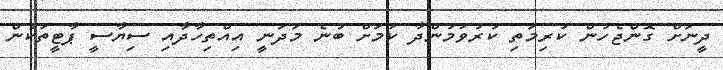
ދީނަށް ގޮންޖެހުން ކުރިމަތި ކުރުވަމުންދާ ކަމަށް ބުނެ މަދަނީ އިއްތިހާދާއި ސިޔާސީ ޕާޓީތަކުން